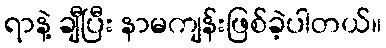
ရာနဲ့ ချီပြီး နာမကျန်းဖြစ်ခဲ့ပါတယ်။